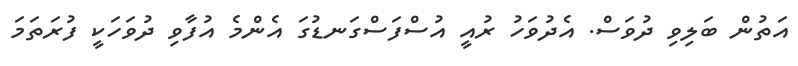
އަތުން ބަލިވި ދުވަސް. އެދުވަހު ރުއީ އުސްފަސްގަނޑުގަ އެންމެ އުފާވި ދުވަހަކީ ފުރަތަމަ